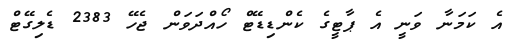
އެ ކަމަނާ ވަނީ އެ ޕާޓީގެ ކެންޑިޑޭޓް ހޯއްދަވަން ޖެހޭ 2383 ޑެލިގޭޓް